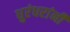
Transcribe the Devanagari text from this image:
धुरंधरांनी